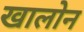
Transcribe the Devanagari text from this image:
खालोन